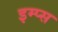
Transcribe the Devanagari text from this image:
इम्प्स